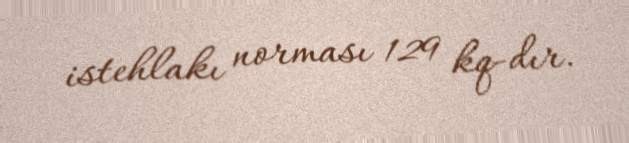
istehlakı norması 129 kq-dır.